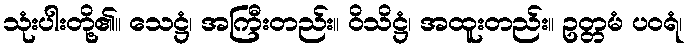
သုံးပါးတို့၏။ သေဋ္ဌံ၊ အကြီးတည်း။ ဝိသိဋ္ဌံ၊ အထူးတည်း။ ဥတ္တမံ ပဝရံ၊